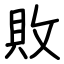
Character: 敗